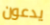
يدعون